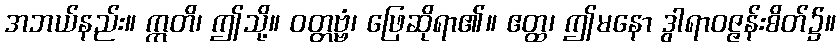
အဘယ်နည်း။ ဣတိ၊ ဤသို့။ ဝတ္တဗ္ဗံ၊ ဖြေဆိုရာ၏။ ဧတ္ထ၊ ဤမနော ဒွါရာဝဇ္ဇန်းစိတ်၌။